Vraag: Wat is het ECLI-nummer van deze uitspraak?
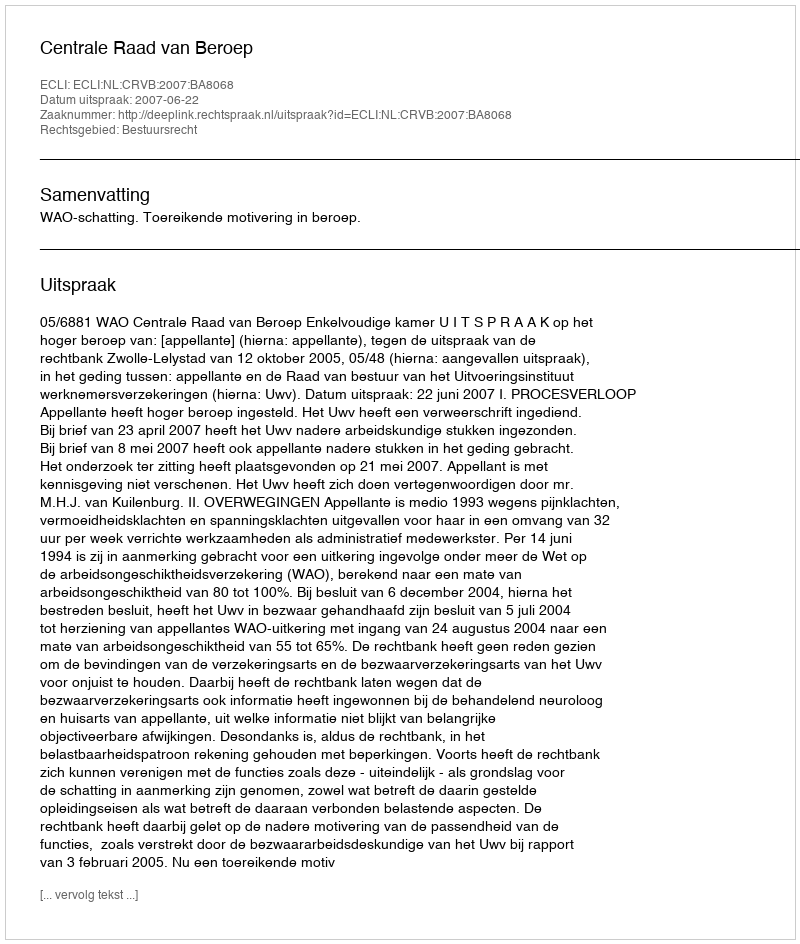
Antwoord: ECLI:NL:CRVB:2007:BA8068